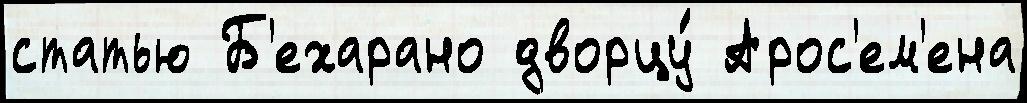
статью Б'ехарано дворцу́ Арос'ем'ена